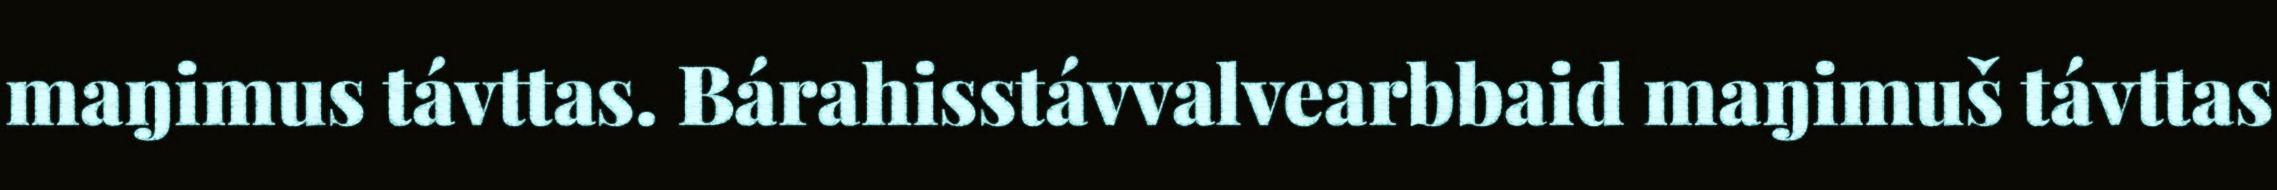
maŋimus távttas. Bárahisstávvalvearbbaid maŋimuš távttas